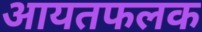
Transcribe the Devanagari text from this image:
आयतफलक